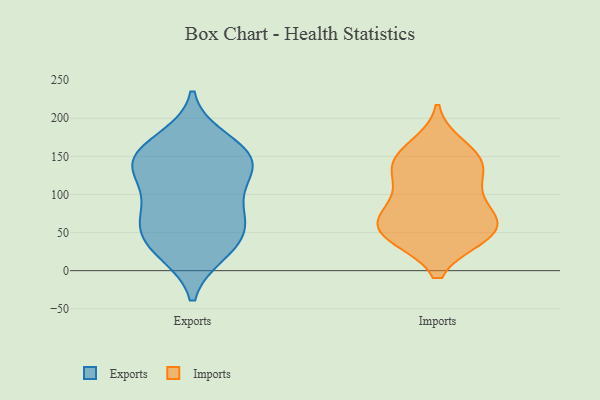
{"axis": {"x": "Conversion Rate (%)", "y": "Value"}, "legend": ["Exports", "Imports"], "data": [{"x": "", "y": 134, "type": "Exports"}, {"x": "", "y": 142, "type": "Exports"}, {"x": "", "y": 158, "type": "Exports"}, {"x": "", "y": 172, "type": "Exports"}, {"x": "", "y": 70, "type": "Exports"}, {"x": "", "y": 69, "type": "Exports"}, {"x": "", "y": 150, "type": "Exports"}, {"x": "", "y": 25, "type": "Exports"}, {"x": "", "y": 148, "type": "Exports"}, {"x": "", "y": 46, "type": "Exports"}, {"x": "", "y": 124, "type": "Exports"}, {"x": "", "y": 77, "type": "Exports"}, {"x": "", "y": 45, "type": "Exports"}, {"x": "", "y": 24, "type": "Exports"}, {"x": "", "y": 107, "type": "Exports"}, {"x": "", "y": 83, "type": "Imports"}, {"x": "", "y": 119, "type": "Imports"}, {"x": "", "y": 62, "type": "Imports"}, {"x": "", "y": 141, "type": "Imports"}, {"x": "", "y": 147, "type": "Imports"}, {"x": "", "y": 48, "type": "Imports"}, {"x": "", "y": 75, "type": "Imports"}, {"x": "", "y": 45, "type": "Imports"}, {"x": "", "y": 45, "type": "Imports"}, {"x": "", "y": 163, "type": "Imports"}, {"x": "", "y": 46, "type": "Imports"}, {"x": "", "y": 119, "type": "Imports"}, {"x": "", "y": 145, "type": "Imports"}, {"x": "", "y": 73, "type": "Imports"}]}